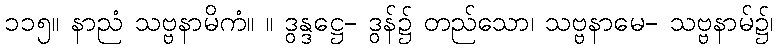
၁၁၅။ နာညံ သဗ္ဗနာမိကံ။ ။ ဒွန္ဒဋ္ဌေ- ဒွန်၌ တည်သော၊ သဗ္ဗနာမေ- သဗ္ဗနာမ်၌၊